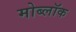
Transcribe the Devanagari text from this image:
मोब्लॉक